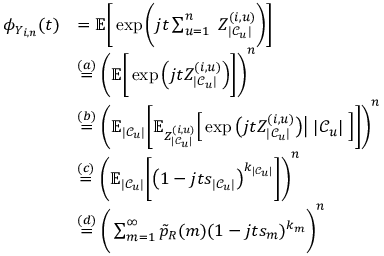
\begin{array} { r l } { \phi _ { Y _ { i , n } } ( t ) } & { = \mathbb { E } \bigg [ \exp \bigg ( j t \sum _ { u = 1 } ^ { n } \; Z _ { | \mathcal { C } _ { u } | } ^ { ( i , u ) } \bigg ) \bigg ] } \\ & { \stackrel { ( a ) } { = } \Bigg ( \mathbb { E } \bigg [ \exp \Big ( j t Z _ { | \mathcal { C } _ { u } | } ^ { ( i , u ) } \Big ) \bigg ] \Bigg ) ^ { n } } \\ & { \stackrel { ( b ) } { = } \Bigg ( \mathbb { E } _ { | \mathcal { C } _ { u } | } \bigg [ \mathbb { E } _ { Z _ { | \mathcal { C } _ { u } | } ^ { ( i , u ) } } \Big [ \exp \big ( j t Z _ { | \mathcal { C } _ { u } | } ^ { ( i , u ) } \big ) \big | \; | \mathcal { C } _ { u } | \; \Big ] \bigg ] \Bigg ) ^ { n } } \\ & { \stackrel { ( c ) } { = } \Bigg ( \mathbb { E } _ { | \mathcal { C } _ { u } | } \bigg [ \big ( 1 - j t s _ { | \mathcal { C } _ { u } | } \big ) ^ { k _ { | \mathcal { C } _ { u } | } } \bigg ] \Bigg ) ^ { n } } \\ & { \stackrel { ( d ) } { = } \Bigg ( \sum _ { m = 1 } ^ { \infty } \Tilde { p } _ { R } ( m ) ( 1 - j t s _ { m } ) ^ { k _ { m } } \Bigg ) ^ { n } } \end{array}